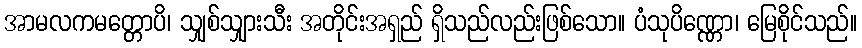
အာမလကမတ္တောပိ၊ သျှစ်သျှားသီး အတိုင်းအရှည် ရှိသည်လည်းဖြစ်သော။ ပံသုပိဏ္ဏော၊ မြေစိုင်သည်။